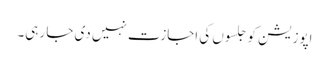
اپوزیشن کو جلسوں کی اجازت نہیں دی جا رہی۔